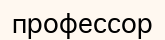
профессор